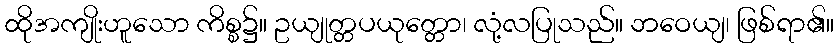
ထိုအကျိုးဟူသော ကိစ္စ၌။ ဥယျုတ္တပယုတ္တော၊ လုံ့လပြုသည်။ ဘဝေယျ၊ ဖြစ်ရာ၏။